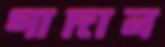
গাদান